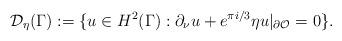
LaTeX: \begin{align*}\mathcal{D}_\eta(\Gamma):=\{u\in H^2(\Gamma):\partial_\nu u+e^{\pi i/3}\eta u|_{\partial\mathcal{O}}=0\}.\end{align*}